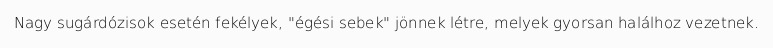
Nagy sugárdózisok esetén fekélyek, "égési sebek" jönnek létre, melyek gyorsan halálhoz vezetnek.